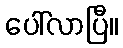
ပေါ်လာပြီ။